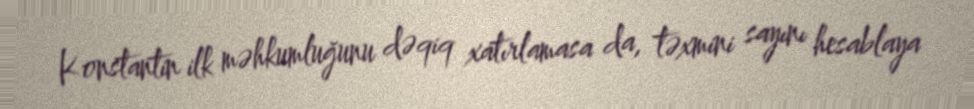
Konstantin ilk məhkumluğunu dəqiq xatırlamasa da, təxmini sayını hesablaya